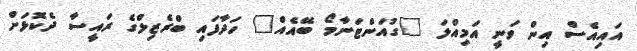
އައިއެސް އިން ވަނީ އަމިއްލަ "ގުއަންޓަނާމޯ ބޭއެއް" ހަދާފައި ބްރެޒިލްގެ ރައީސާ ދެކޮޅަށް